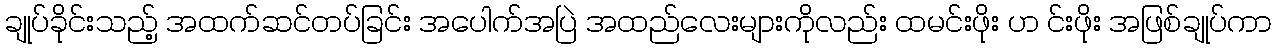
ချုပ်ခိုင်းသည့် အထက်ဆင်တပ်ခြင်း အပေါက်အပြဲ အထည်လေးများကိုလည်း ထမင်းဖိုး ဟ င်းဖိုး အဖြစ်ချုပ်ကာ